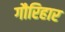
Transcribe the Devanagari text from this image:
गौरिहार